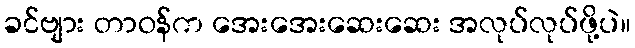
ခင်ဗျား တာဝန်က အေးအေးဆေးဆေး အလုပ်လုပ်ဖို့ပဲ။